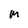
Character: M